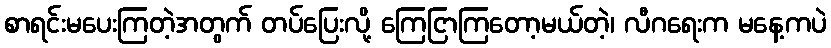
စာရင်းမပေးကြတဲ့အတွက် တပ်ပြေးလို့ ကြေငြာကြတော့မယ်တဲ့၊ လီဂရေးက မနေ့ကပဲ